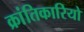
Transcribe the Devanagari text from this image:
क्रांतिकारियो